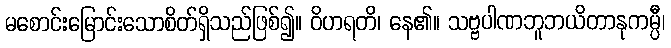
မစောင်းမြောင်းသောစိတ်ရှိသည်ဖြစ်၍။ ဝိဟရတိ၊ နေ၏။ သဗ္ဗပါဏဘူဘယိတာနုကမ္ပီ၊